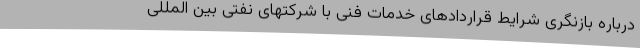
درباره بازنگری شرایط قراردادهای خدمات فنی با شرکتهای نفتی بین المللی